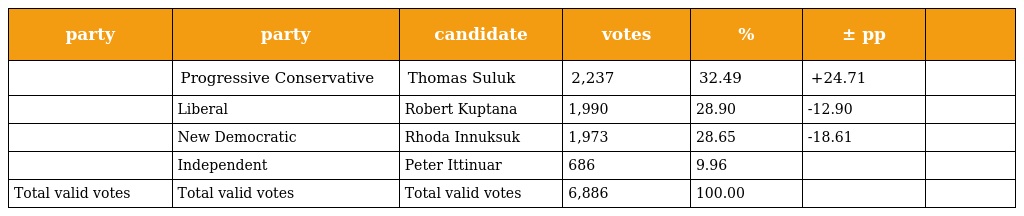
| party | party | candidate | votes | % | ± pp |  |
 | --- | --- | --- | --- | --- | --- | --- |
 |  | Progressive Conservative | Thomas Suluk | 2,237 | 32.49 | +24.71 |  |
 |  | Liberal | Robert Kuptana | 1,990 | 28.90 | -12.90 |  |
 |  | New Democratic | Rhoda Innuksuk | 1,973 | 28.65 | -18.61 |  |
 |  | Independent | Peter Ittinuar | 686 | 9.96 |  |  |
 | Total valid votes | Total valid votes | Total valid votes | 6,886 | 100.00 |  |  |